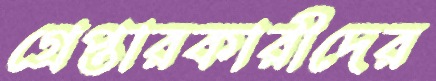
গ্রেপ্তারকারীদের